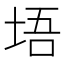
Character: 𪣔